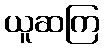
ယူဆကြ